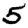
Digit: 5